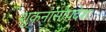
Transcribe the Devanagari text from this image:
शुकनासोपदेशः